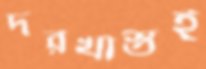
দরখাস্তই